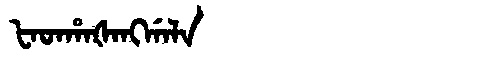
Manchu: ᡶᠠᡨᡥᠠᡧᠠᠩᡤᠠᠯᠠ
Romanization: FATHAŠANGGALA